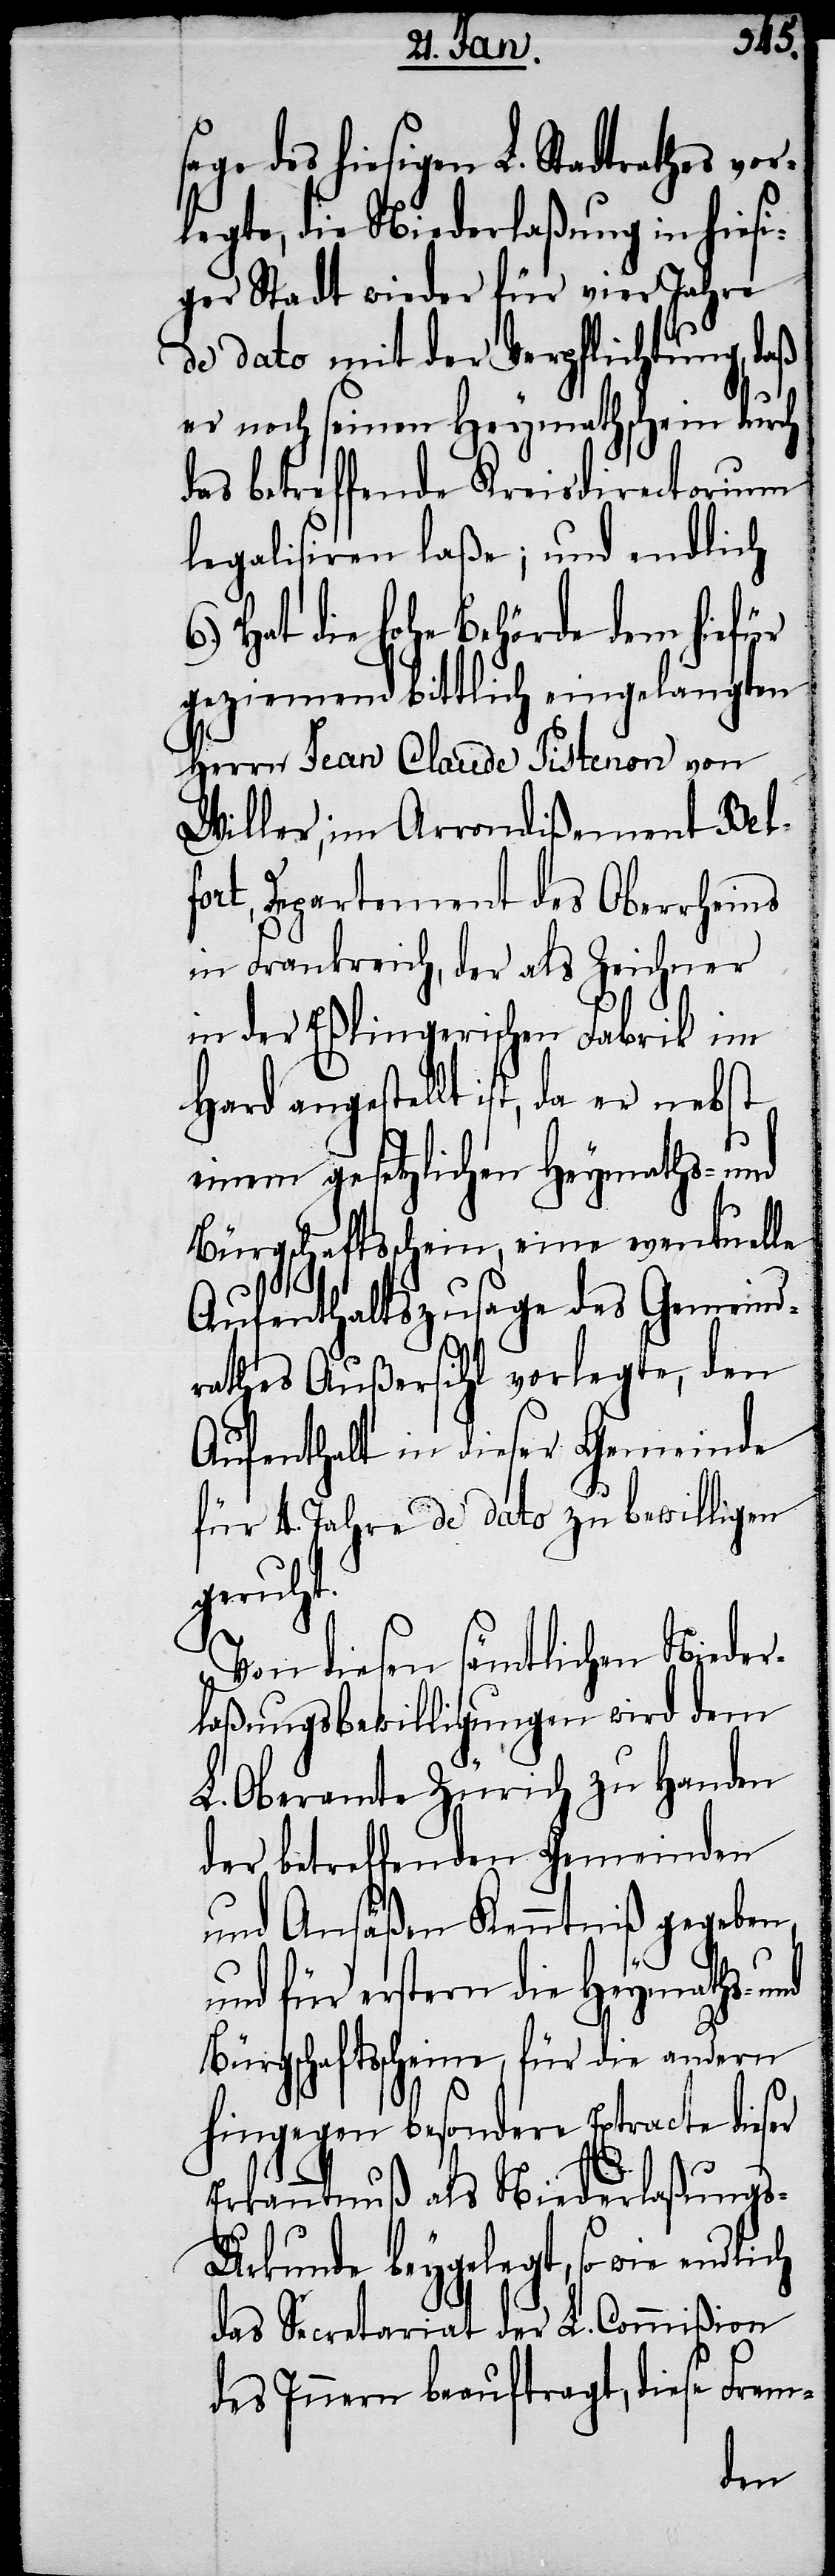
age des hiesigen L. Stadtrathes vo¬
legte, die Niederlaßung in hiesi¬
ger Stadt wieder für vier Jahre
de dato mit der Verpflichtung, daß
er noch seinen Heymathschein durch
das betreffende Kreisdirectorium
legalisiren laße; und endlich
Hat die hohe Behörde dem hiefür
geziemend bittlich eingelangten
Herrn Jean Claude Pistenon von
Willer, im Arrondißement Belf¬
ort, Departement des Oberrheins
in Frankreich, der als Zeichner
in der Eßlingerischen Fabrik im
Hard angestellt ist, da er nebst
einem gesetzlichen Heymaths- und
Bürgschaftsschein, eine eventuelle
Aufenthaltszusage des Gemeind¬
rathes Außersihl vorlegte, den
Aufenthalt in dieser Gemeinde
für 4. Jahre de dato zu bewilligen
geruht.
Von diesen sämtlichen Nieder¬
laßungsbewilligungen wird dem
L. Oberamte Zürich zu Handen
der betreffenden Gemeinden
und Ansäßen Kenntniß gegeben,
und für erstern die Heymaths-
Bürgschaftsscheine, für die andern
hingegen besondere Extracte dieser
r¬
Erkanntnuß als Niederlaßungs-U¬
rkunde beygelegt, so wie
das Secretariat der L. Commißion
des Innern beauftragt, diese Frem-